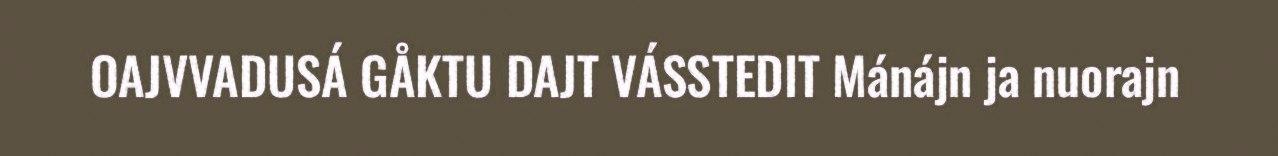
OAJVVADUSÁ GÅKTU DAJT VÁSSTEDIT Mánájn ja nuorajn